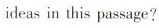
ideas in this passage?